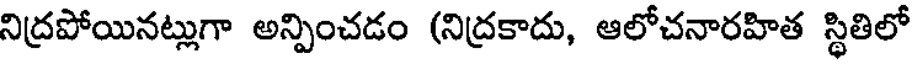
నిద్రపోయినట్లుగా అన్పించడం (నిద్రకాదు, ఆలోచనారహిత స్థితిలో